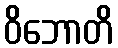
ဝိဘောတိ